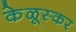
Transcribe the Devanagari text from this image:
केळूस्कर